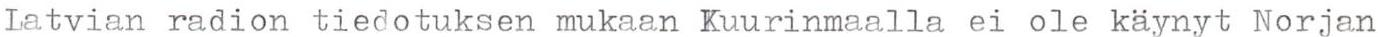
Latvian radion tiedotuksen mukaan Kuurinmaalla ei ole käynyt Norjan